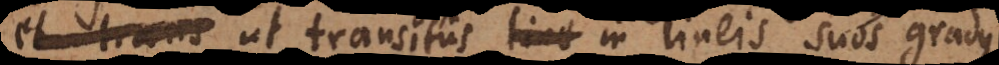
et trans ut transitus line in lineis suos gr